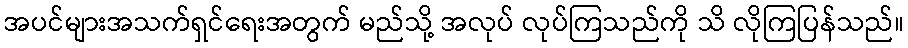
အပင်များအသက်ရှင်ရေးအတွက် မည်သို့ အလုပ် လုပ်ကြသည်ကို သိ လိုကြပြန်သည်။